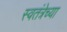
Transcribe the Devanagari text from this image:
स्वतंत्रेच्या